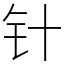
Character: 针